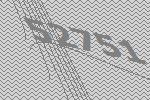
52751